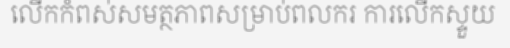
លើកកំពស់សមត្ថភាពសម្រាប់ពលករ ការលើកស្ទួយ